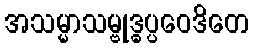
အသမ္မာသမ္ဗုဒ္ဓပ္ပဝေဒိတေ